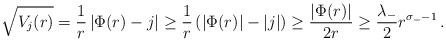
LaTeX: \begin{align*} \sqrt{V_j(r)}=\frac{1}{r} \left|\Phi(r)-j \right|\ge \frac{1}{r} \left( |\Phi(r)|-|j|\right)\ge \frac{|\Phi(r)|}{2r}\ge \frac{\lambda_-}{2} r^{\sigma_--1}\,. \end{align*}